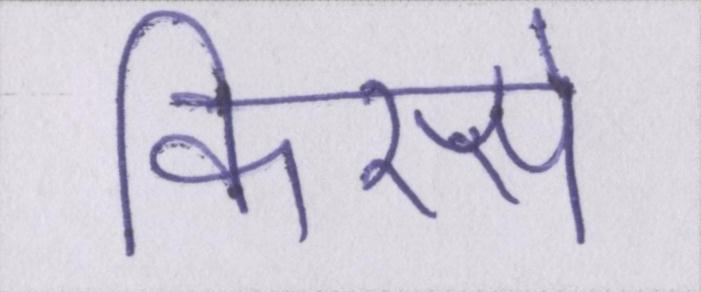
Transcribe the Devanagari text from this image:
किस्से